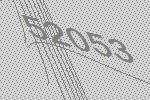
52053